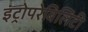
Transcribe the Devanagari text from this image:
इंट्रोपरेबिलिटी